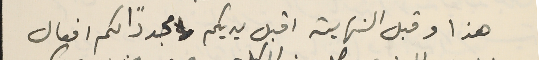
هذا وقبل النهاية اقبل يديكم  مجددًا لكم افعال